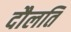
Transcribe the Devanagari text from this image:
दौलति